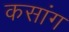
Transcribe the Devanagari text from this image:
कसांग